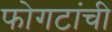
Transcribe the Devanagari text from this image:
फोगटांची